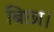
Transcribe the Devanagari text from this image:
बिछा।